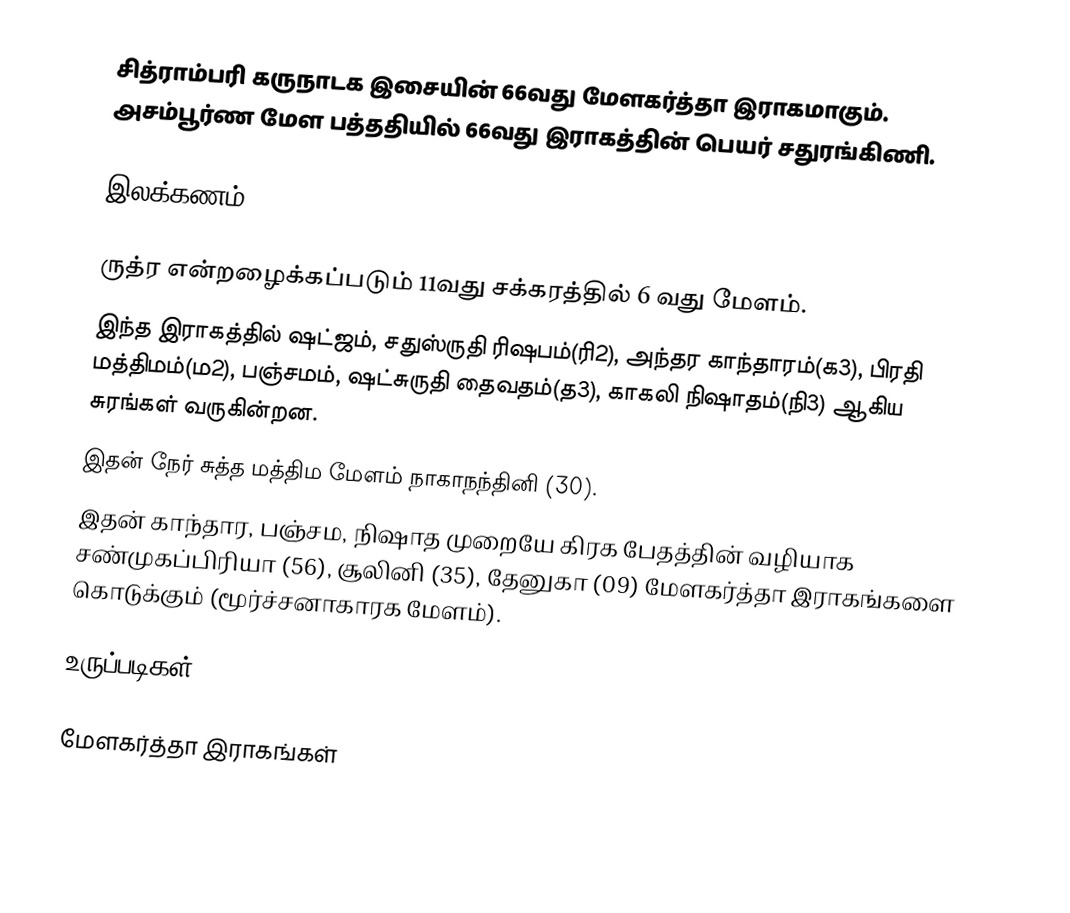
சித்ராம்பரி கருநாடக இசையின் 66வது மேளகர்த்தா இராகமாகும். அசம்பூர்ண மேள பத்ததியில் 66வது இராகத்தின் பெயர் சதுரங்கிணி.

இலக்கணம்

 ருத்ர என்றழைக்கப்படும் 11வது சக்கரத்தில் 6 வது மேளம்.
 இந்த இராகத்தில் ஷட்ஜம், சதுஸ்ருதி ரிஷபம்(ரி2), அந்தர காந்தாரம்(க3), பிரதி மத்திமம்(ம2), பஞ்சமம், ஷட்சுருதி தைவதம்(த3), காகலி நிஷாதம்(நி3) ஆகிய சுரங்கள் வருகின்றன.
 இதன் நேர் சுத்த மத்திம மேளம் நாகாநந்தினி (30).
 இதன் காந்தார, பஞ்சம, நிஷாத முறையே கிரக பேதத்தின் வழியாக சண்முகப்பிரியா (56), சூலினி (35), தேனுகா (09) மேளகர்த்தா இராகங்களை கொடுக்கும் (மூர்ச்சனாகாரக மேளம்).

உருப்படிகள்

மேளகர்த்தா இராகங்கள்